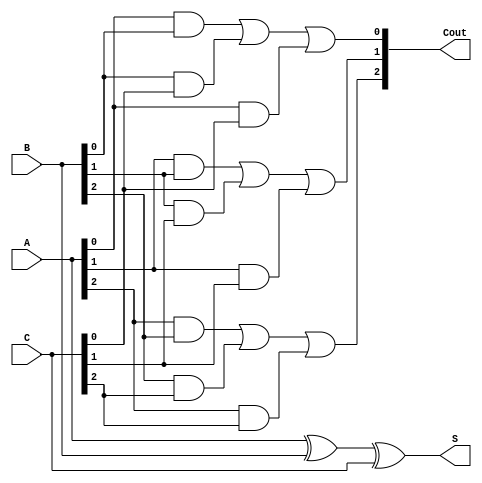
module CarrySaveAdder (
    input  [2:0] A, // 3-bit input A
    input  [2:0] B, // 3-bit input B
    input  [2:0] C, // 3-bit input C
    output [2:0] S, // 3-bit sum output
    output [2:0] Cout // 3-bit carry output
);

// Sum outputs
assign S = A ^ B ^ C; // S[i] = A[i] XOR B[i] XOR C[i]

// Carry outputs
assign Cout[0] = (A[0] & B[0]) | (B[0] & C[0]) | (A[0] & C[0]);
assign Cout[1] = (A[1] & B[1]) | (B[1] & C[1]) | (A[1] & C[1]);
assign Cout[2] = (A[2] & B[2]) | (B[2] & C[2]) | (A[2] & C[2]);

endmodule